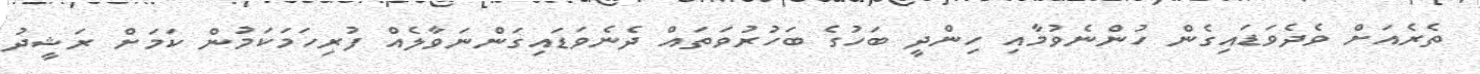
ތެރެއަށް ވެދެވަޑައިގެން ހުންނެވުމާއި ހިންދީ ބަހުގެ ބަހުރުވަތައް ދެނެވަޑައިގަންނަވާލެއް ފުރިހަމަކަމުން ކަމަށް ރަޝީދު